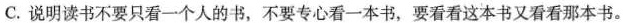
C.说明读书不要只看一个人的书，不要专心看一本书，要看看这本书又看看那本书。